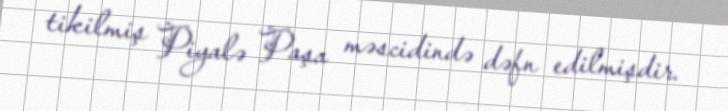
tikilmiş Piyalə Paşa məscidində dəfn edilmişdir.